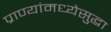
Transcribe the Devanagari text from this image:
प्राण्यांमध्येसुद्धा